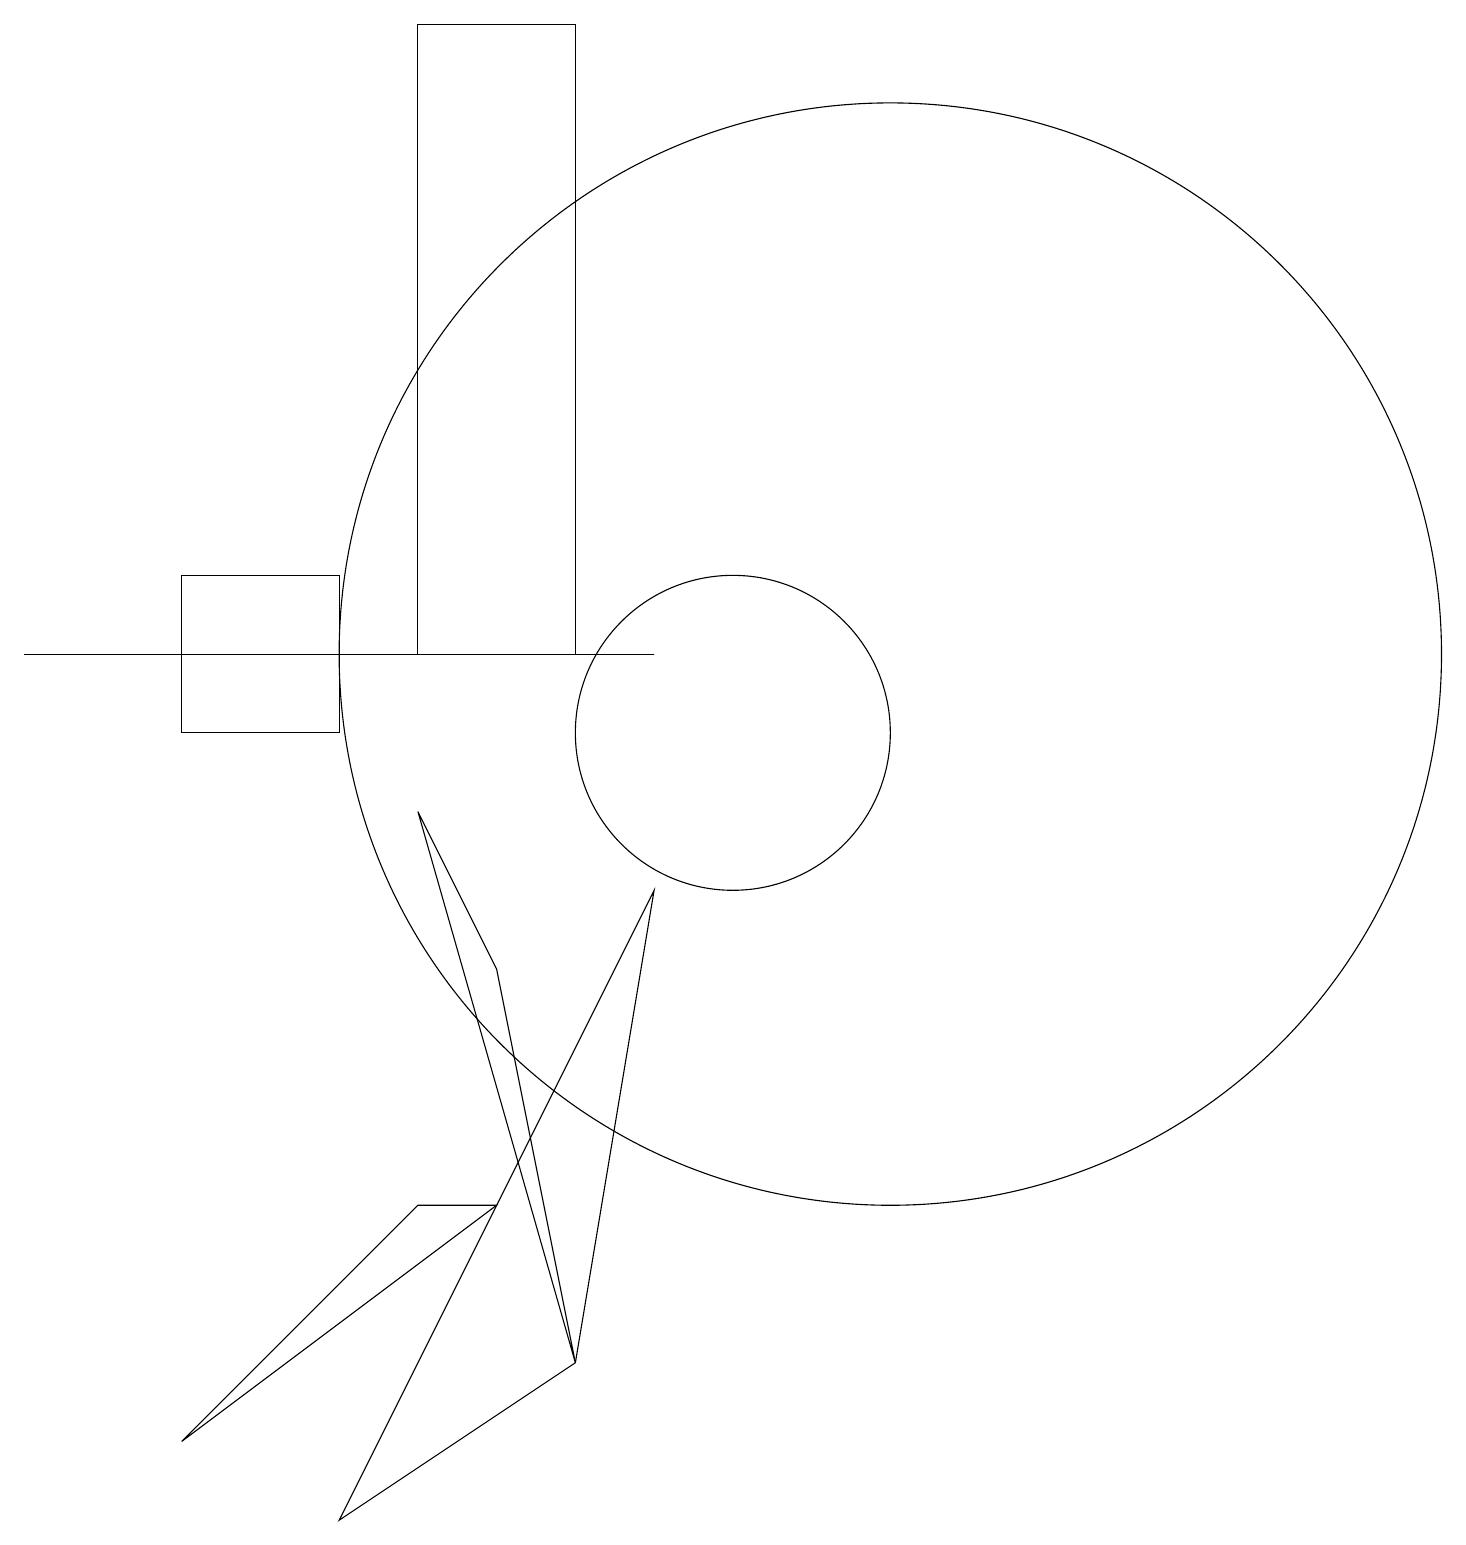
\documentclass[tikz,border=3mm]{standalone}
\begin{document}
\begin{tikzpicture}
\draw (6,11) rectangle (8,19);
\draw (8,2) -- (9,8) -- (5,0) -- cycle;
\draw (5,12) rectangle (3,10);
\draw (10,10) circle (2);
\draw (12,11) circle (7);
\draw (7,4) -- (6,4) -- (3,1) -- cycle;
\draw (6,9) -- (8,2) -- (7,7) -- cycle;
\draw (1,11) rectangle (9,11);
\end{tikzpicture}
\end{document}